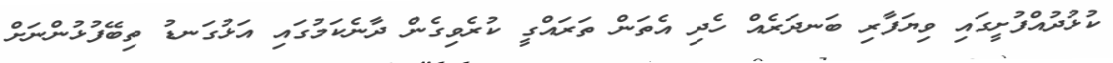
ކުޅުދުއްފުށީގައި ވިޔަފާރި ބަނދަރެއް ހެދި އެތަން ތަރައްގީ ކުރެވިގެން ދާނެކަމުގައި އަޅުގަނޑު ތިބޭފުޅުންނަށް